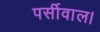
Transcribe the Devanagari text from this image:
पर्सीवाल।